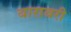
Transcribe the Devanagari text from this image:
बाराबरी